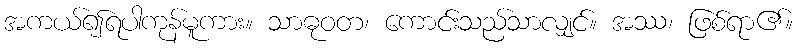
အကယ်၍ရပါကုန်မူကား။ သာဓုဝတ၊ ကောင်းသည်သာလျှင်။ အဿ၊ ဖြစ်ရာ၏။